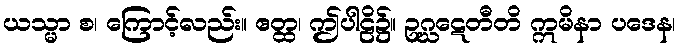
ယသ္မာ စ၊ ကြောင့်လည်း။ ဧတ္ထ၊ ဤပါဠိ၌။ ဥဂ္ဃဋေတီတိ ဣမိနာ ပဒေန၊